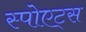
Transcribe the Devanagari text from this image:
स्पोएट्स